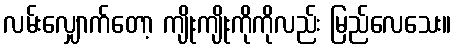
လမ်းလျှောက်တော့ ကျိုးကျိုးကိုကိုလည်း မြည်လေသေး။